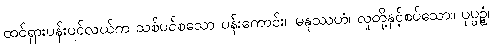
ထင်ရှားပန်းပင်လယ်က သစ်ပင်စသော ပန်းကောင်း။ မနုဿဟံ၊ လူတို့နှင့်စပ်သော။ ပုပ္ပဉ္စံ၊